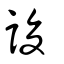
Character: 誜